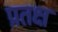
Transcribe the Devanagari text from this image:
प्रतक्ष